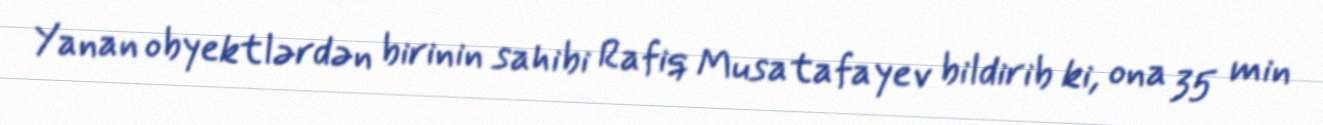
Yanan obyektlərdən birinin sahibi Rafiq Musatafayev bildirib ki, ona 35 min